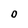
Character: 0